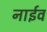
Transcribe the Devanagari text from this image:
नाईव